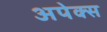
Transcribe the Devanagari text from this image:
अपेक्स